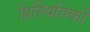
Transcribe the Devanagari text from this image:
प्रिस्थितिकी